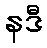
နဒီ